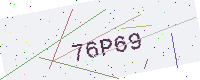
Text: 76P69